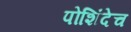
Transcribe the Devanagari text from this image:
पोशिंदेच